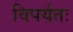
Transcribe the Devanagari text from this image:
विपर्यतः